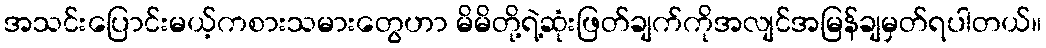
အသင်းပြောင်းမယ့်ကစားသမားတွေဟာ မိမိတို့ရဲ့ဆုံးဖြတ်ချက်ကိုအလျင်အမြန်ချမှတ်ရပါတယ်။